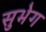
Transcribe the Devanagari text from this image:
सुभेग